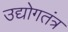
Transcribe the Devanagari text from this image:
उद्योगतंत्र